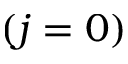
( j = 0 )